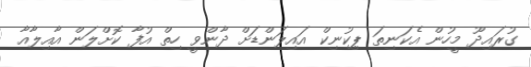
ގުރައިދޫ މީހުން އެކަނިތަ ޕިކުނިކް އައިލަންޑަށް ދާންވީ ހިތް އުފާ ކޮށްލަން އާއިލާއާ